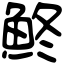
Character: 鮗